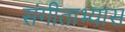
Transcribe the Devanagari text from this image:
संगीताभ्यास